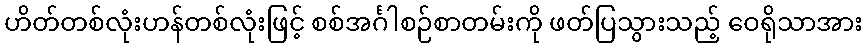
ဟိတ်တစ်လုံးဟန်တစ်လုံးဖြင့် စစ်အင်္ဂါစဉ်စာတမ်းကို ဖတ်ပြသွားသည့် ဝေရိုသာအား